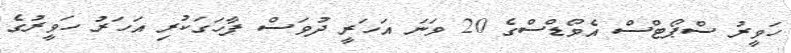
ހަވީރު ސްޕޯޓްސް އެވޯޑްސްގެ 20 ވަނަ އަހަރީ ދުވަސް ފާހަގަކުރި އަހަރު ހަވީރުގެ